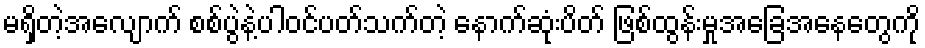
မရှိတဲ့အလျောက် စစ်ပွဲနဲ့ပါဝင်ပတ်သက်တဲ့ နောက်ဆုံးပိတ် ဖြစ်ထွန်းမှုအခြေအနေတွေကို